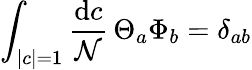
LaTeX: \int_{|c|=1}\frac{\mathrm{d}c}{\mathcal{N}}\, \Theta_{a}\Phi_{b}=\delta_{ab}